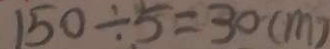
1 5 0 \div 5 = 3 0 ( m )